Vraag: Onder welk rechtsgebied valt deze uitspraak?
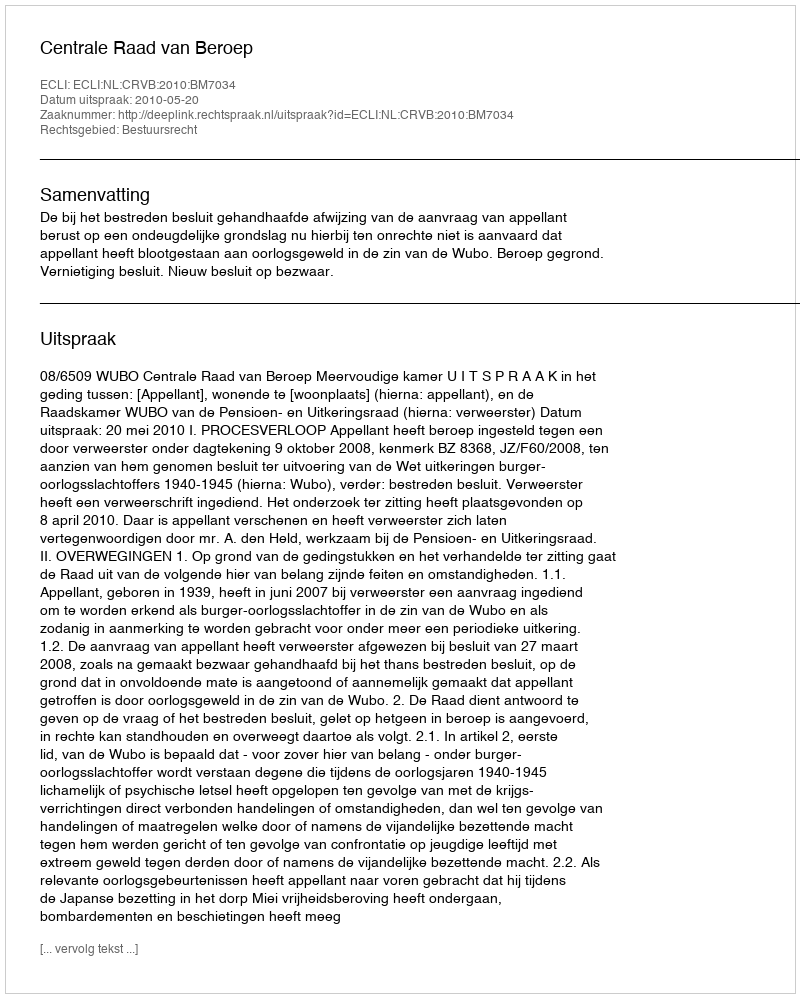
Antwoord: Bestuursrecht